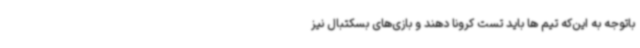
باتوجه به این‌که تیم ها باید تست کرونا دهند و بازی‌های بسکتبال نیز